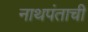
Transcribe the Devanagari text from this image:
नाथपंताची